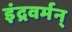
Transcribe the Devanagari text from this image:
इंद्रवर्मन्‌